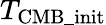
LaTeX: T_{\mathrm{CMB\_ init}}